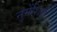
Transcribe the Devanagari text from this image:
नुमेंशिया